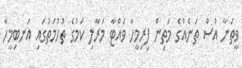
ވީތަނާ އުސް ތަނެއްގެ މަތިން ފިރިމީހާ ވައްޓާ މަރާލި ކަމުގެ ތުހުމަތުގައި އަނބިމީހާ